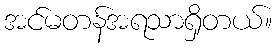
အင်မတန်အရသာရှိတယ်။